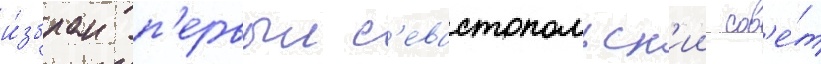
и́збран п'ервыи с'евастопольск'ии сов'е́т